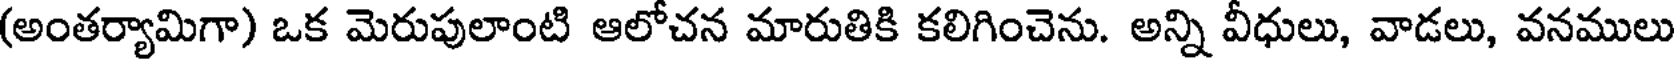
(అంతర్యామిగా) ఒక మెరుపులాంటి ఆలోచన మారుతికి కలిగించెను. అన్ని వీధులు, వాడలు, వనములు